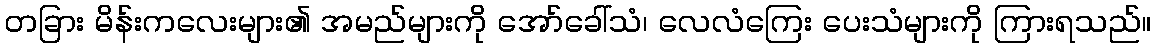
တခြား မိန်းကလေးများ၏ အမည်များကို အော်ခေါ်သံ၊ လေလံကြေး ပေးသံများကို ကြားရသည်။